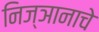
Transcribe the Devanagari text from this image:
निज्ञानाचे